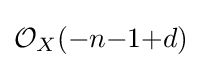
{\mathcal {O}}_{X}(-n{-}1{+}d)